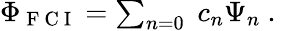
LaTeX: \begin{array}{r}{\Phi_{\mathrm{~F~C~I~}}=\sum_{n=0}\; c_{n}\Psi_{n}\mathrm{~.~}}\end{array}